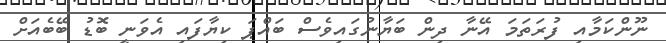
ނޫންކަމާއި ފުރަތަމަ އޭނާ ދިން ބަޔާނުގައިވެސް ބައްޕަ ކިޔާފައި އެވަނީ ބޮޑު ބޭބެއަށް